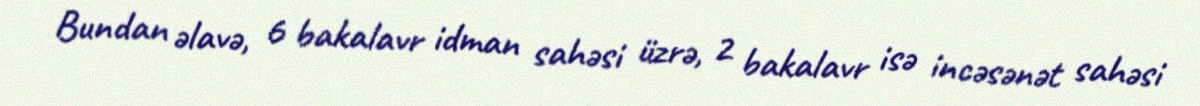
Bundan əlavə, 6 bakalavr idman sahəsi üzrə, 2 bakalavr isə incəsənət sahəsi